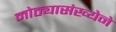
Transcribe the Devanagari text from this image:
मोठ्यासंख्येने